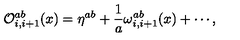
{ \cal O } _ { i , i + 1 } ^ { a b } ( x ) = \eta ^ { a b } + \frac { 1 } { a } \omega _ { i , i + 1 } ^ { a b } ( x ) + \cdots ,